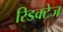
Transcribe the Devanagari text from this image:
रिडक्टेज